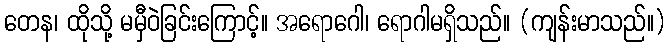
တေန၊ ထိုသို့ မမှီဝဲခြင်းကြောင့်။ အရောဂေါ၊ ရောဂါမရှိသည်။ (ကျန်းမာသည်။)